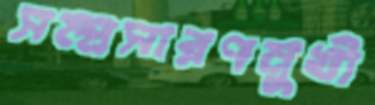
সম্প্রসারণমুখী